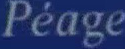
Péage